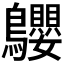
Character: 𪈤